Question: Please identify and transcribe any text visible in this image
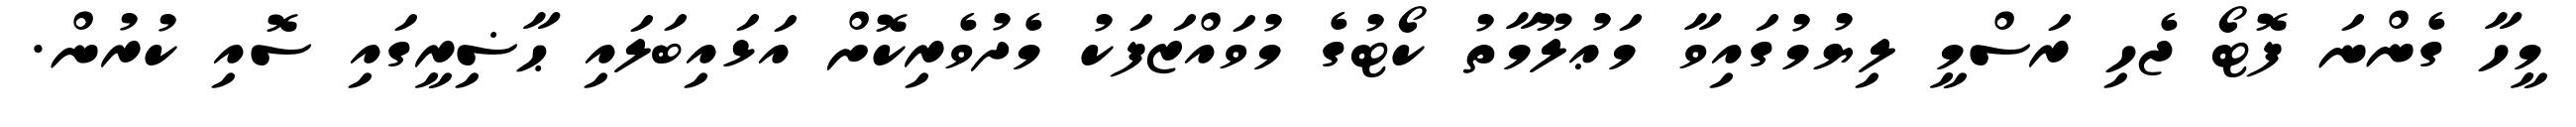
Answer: މީހާ ގެންނަ ފޮޓޯ ޖެހި ރަސްމީ ލިޔުމުގައިވާ މަޢުލޫމާތު ކޯޓުގެ މުވައްޒަފަކު މެދުވެރިކޮށް އަޅައިބަލައި ޙާޟިރީގައި ސޮއި ކުރުން.